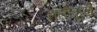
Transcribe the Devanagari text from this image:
हॉलीवूडचे